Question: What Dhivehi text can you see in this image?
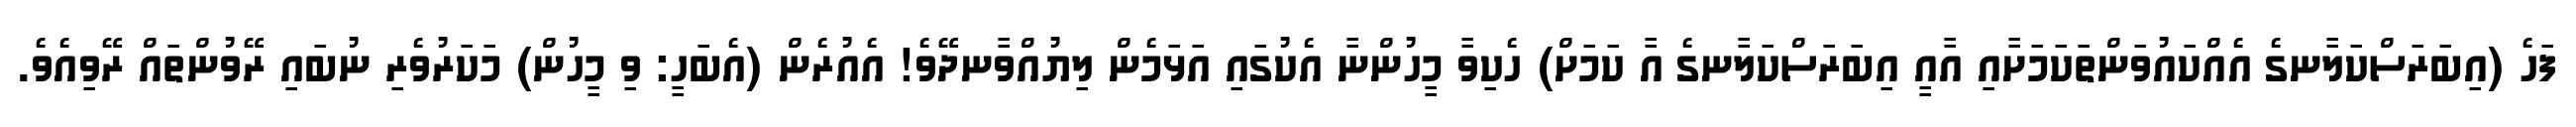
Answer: ފަހެ (އިބަރަސްކަލާނގެ އެއްކައުވަންތަކަމަށާއި އާއީ އިބަރަސްކަލާނގެ އާ ކަމަށް) ހެކިވާ މީހުންނާ އެކުގައި އަޅަމެން ލިޔުއްވާނދޭވެ! އެއުރެން (އެބަހީ: ވި މީހުން) މަކަރުވެރި ނުބައި ރޭވުންތައް ރޭވިއެވެ.